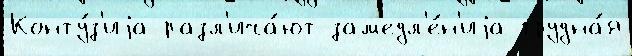
Конту́з'иjа разл'ича́ют зам'едл'е́н'иjа грудна́я